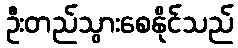
ဦးတည်သွားစေနိုင်သည်